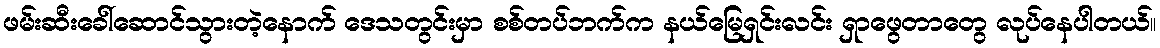
ဖမ်းဆီးခေါ်ဆောင်သွားတဲ့နောက် ဒေသတွင်းမှာ စစ်တပ်ဘက်က နယ်မြေရှင်းလင်း ရှာဖွေတာတွေ လုပ်နေပါတယ်။